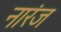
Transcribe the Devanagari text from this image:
नारंज